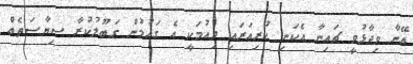
އޭނާ ވިދާޅުވީ ޗައިނާ އެކަނި ކުރިއަރައި ދިއުމަކީ އެ ގައުމުން ގަބޫލުކުރާ ސިޔާސަތެއް